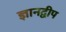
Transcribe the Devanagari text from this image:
ज्ञानद्वीप